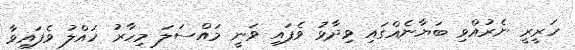
ހަރީރީ ނެރުއްވި ބަޔާނެއްގައި ވިދާޅު ވެފައި ވަނީ މައްސަލަ މިހާރު ހައްލު ވެފައިވާ